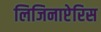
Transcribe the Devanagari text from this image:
लिजिनाप्टेरिस